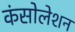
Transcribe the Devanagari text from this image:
कंसोलेशन